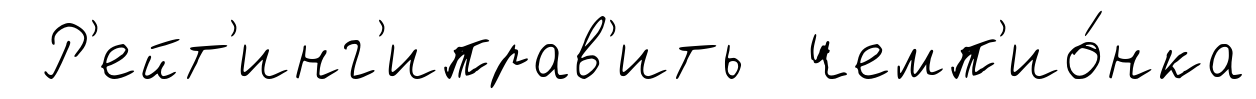
Р'ейт'инг'иправ'ить чемп'ио́нка